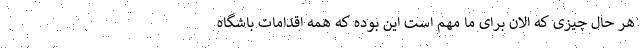
هر حال چیزی که الان برای ما مهم است این بوده که همه اقدامات باشگاه